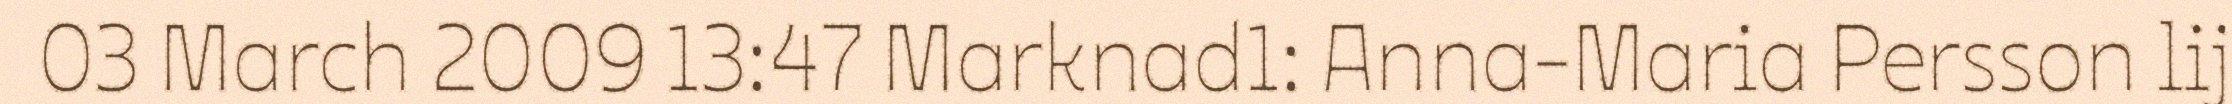
03 March 2009 13:47 Marknad1: Anna-Maria Persson lij